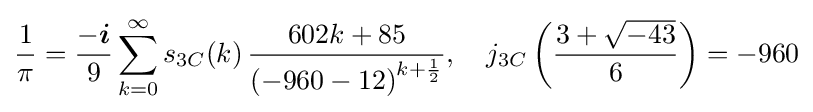
{\frac {1}{\pi }}={\frac {-{\boldsymbol {i}}}{9}}\sum _{k=0}^{\infty }s_{3C}(k)\,{\frac {602k+85}{\left(-960-12\right)^{k+{\frac {1}{2}}}}},\quad j_{3C}\left({\frac {3+{\sqrt {-43}}}{6}}\right)=-960